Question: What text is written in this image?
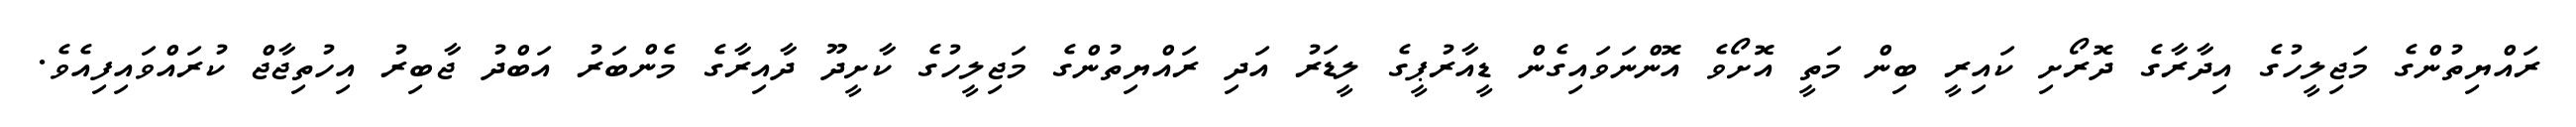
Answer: ރައްޔިތުންގެ މަޖިލީހުގެ އިދާރާގެ ދޮރޯށި ކައިރީ ބިން މަތީ އޮށޯވެ އޮންނަވައިގެން ޑީއާރުޕީގެ ލީޑަރު އަދި ރައްޔިތުންގެ މަޖިލީހުގެ ކާށީދޫ ދާއިރާގެ މެންބަރު އަބްދު ޖާބިރު އިހުތިޖާޖް ކުރައްވައިފިއެވެ.